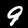
Label: 9